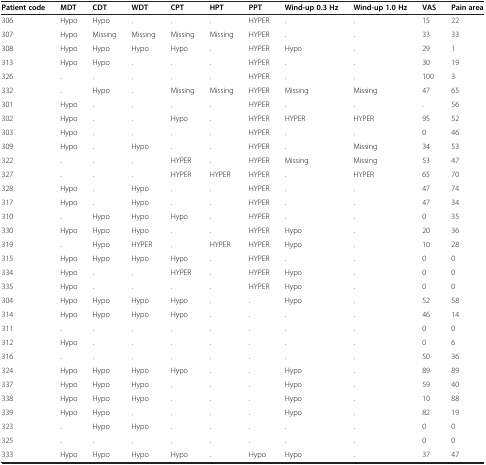
<table><thead><tr><td><b>Patient code</b></td><td><b>MDT</b></td><td><b>CDT</b></td><td><b>WDT</b></td><td><b>CPT</b></td><td><b>HPT</b></td><td><b>PPT</b></td><td><b>Wind-up 0.3 Hz</b></td><td><b>Wind-up 1.0 Hz</b></td><td><b>VAS</b></td><td><b>Pain area</b></td></tr></thead><tbody><tr><td>306</td><td>Hypo</td><td>Hypo</td><td>.</td><td>.</td><td>.</td><td>HYPER</td><td>.</td><td>.</td><td>15</td><td>22</td></tr><tr><td>307</td><td>Hypo</td><td>Missing</td><td>Missing</td><td>Missing</td><td>Missing</td><td>HYPER</td><td>.</td><td>.</td><td>33</td><td>33</td></tr><tr><td>308</td><td>Hypo</td><td>Hypo</td><td>Hypo</td><td>Hypo</td><td>.</td><td>HYPER</td><td>Hypo</td><td>.</td><td>29</td><td>1</td></tr><tr><td>313</td><td>Hypo</td><td>Hypo</td><td>.</td><td>.</td><td>.</td><td>HYPER</td><td>.</td><td>.</td><td>30</td><td>19</td></tr><tr><td>326</td><td>.</td><td>.</td><td>.</td><td>.</td><td>.</td><td>HYPER</td><td>.</td><td>.</td><td>100</td><td>3</td></tr><tr><td>332</td><td>.</td><td>Hypo</td><td>.</td><td>Missing</td><td>Missing</td><td>HYPER</td><td>Missing</td><td>Missing</td><td>47</td><td>65</td></tr><tr><td>301</td><td>Hypo</td><td>.</td><td>.</td><td>.</td><td>.</td><td>HYPER</td><td>.</td><td>.</td><td>.</td><td>56</td></tr><tr><td>302</td><td>Hypo</td><td>.</td><td>.</td><td>Hypo</td><td>.</td><td>HYPER</td><td>HYPER</td><td>HYPER</td><td>95</td><td>52</td></tr><tr><td>303</td><td>Hypo</td><td>.</td><td>.</td><td>.</td><td>.</td><td>HYPER</td><td>.</td><td>.</td><td>0</td><td>46</td></tr><tr><td>309</td><td>Hypo</td><td>.</td><td>Hypo</td><td>.</td><td>.</td><td>HYPER</td><td>.</td><td>Missing</td><td>34</td><td>53</td></tr><tr><td>322</td><td>.</td><td>.</td><td>.</td><td>HYPER</td><td>.</td><td>HYPER</td><td>Missing</td><td>Missing</td><td>53</td><td>47</td></tr><tr><td>327</td><td>.</td><td>.</td><td>.</td><td>HYPER</td><td>HYPER</td><td>HYPER</td><td>.</td><td>HYPER</td><td>65</td><td>70</td></tr><tr><td>328</td><td>Hypo</td><td>.</td><td>Hypo</td><td>.</td><td>.</td><td>HYPER</td><td>.</td><td>.</td><td>47</td><td>74</td></tr><tr><td>317</td><td>Hypo</td><td>.</td><td>Hypo</td><td>.</td><td>.</td><td>HYPER</td><td>.</td><td>.</td><td>47</td><td>34</td></tr><tr><td>310</td><td>.</td><td>Hypo</td><td>Hypo</td><td>Hypo</td><td>.</td><td>HYPER</td><td>.</td><td>.</td><td>0</td><td>35</td></tr><tr><td>330</td><td>Hypo</td><td>Hypo</td><td>Hypo</td><td>.</td><td>.</td><td>HYPER</td><td>Hypo</td><td>.</td><td>20</td><td>36</td></tr><tr><td>319</td><td>.</td><td>Hypo</td><td>HYPER</td><td>.</td><td>HYPER</td><td>HYPER</td><td>Hypo</td><td>.</td><td>10</td><td>28</td></tr><tr><td>315</td><td>Hypo</td><td>Hypo</td><td>Hypo</td><td>Hypo</td><td>.</td><td>HYPER</td><td>.</td><td>.</td><td>0</td><td>0</td></tr><tr><td>334</td><td>Hypo</td><td>.</td><td>.</td><td>HYPER</td><td>.</td><td>HYPER</td><td>Hypo</td><td>.</td><td>0</td><td>0</td></tr><tr><td>335</td><td>Hypo</td><td>.</td><td>.</td><td>.</td><td>.</td><td>HYPER</td><td>Hypo</td><td>.</td><td>0</td><td>0</td></tr><tr><td>304</td><td>Hypo</td><td>Hypo</td><td>Hypo</td><td>Hypo</td><td>.</td><td>.</td><td>Hypo</td><td>.</td><td>52</td><td>58</td></tr><tr><td>314</td><td>Hypo</td><td>Hypo</td><td>Hypo</td><td>Hypo</td><td>.</td><td>.</td><td>.</td><td>.</td><td>46</td><td>14</td></tr><tr><td>311</td><td>.</td><td>.</td><td>.</td><td>.</td><td>.</td><td>.</td><td>.</td><td>.</td><td>0</td><td>0</td></tr><tr><td>312</td><td>Hypo</td><td>.</td><td>.</td><td>.</td><td>.</td><td>.</td><td>.</td><td>.</td><td>0</td><td>6</td></tr><tr><td>316</td><td>.</td><td>.</td><td>.</td><td>.</td><td>.</td><td>.</td><td>.</td><td>.</td><td>50</td><td>36</td></tr><tr><td>324</td><td>Hypo</td><td>Hypo</td><td>Hypo</td><td>Hypo</td><td>.</td><td>.</td><td>Hypo</td><td>.</td><td>89</td><td>89</td></tr><tr><td>337</td><td>Hypo</td><td>Hypo</td><td>Hypo</td><td>.</td><td>.</td><td>.</td><td>Hypo</td><td>.</td><td>59</td><td>40</td></tr><tr><td>338</td><td>Hypo</td><td>Hypo</td><td>Hypo</td><td>.</td><td>.</td><td>.</td><td>Hypo</td><td>.</td><td>10</td><td>88</td></tr><tr><td>339</td><td>Hypo</td><td>Hypo</td><td>.</td><td>.</td><td>.</td><td>.</td><td>Hypo</td><td>.</td><td>82</td><td>19</td></tr><tr><td>323</td><td>.</td><td>Hypo</td><td>Hypo</td><td>.</td><td>.</td><td>.</td><td>.</td><td>.</td><td>0</td><td>0</td></tr><tr><td>325</td><td>.</td><td>.</td><td>.</td><td>.</td><td>.</td><td>.</td><td>.</td><td>.</td><td>0</td><td>0</td></tr><tr><td>333</td><td>Hypo</td><td>Hypo</td><td>Hypo</td><td>Hypo</td><td>.</td><td>Hypo</td><td>Hypo</td><td>.</td><td>37</td><td>47</td></tr></tbody></table>